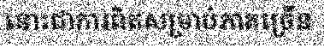
នោះជាការពិតសម្រាប់ភាគច្រើន